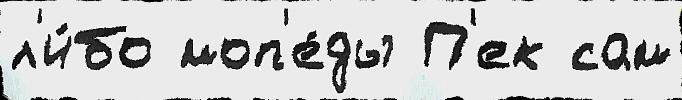
л'и́бо моп'е́ды П'ек сам